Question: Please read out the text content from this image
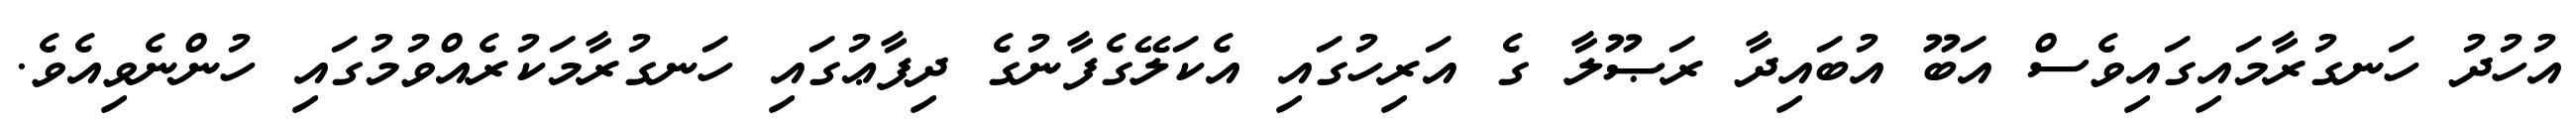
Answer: އުހުދު ހަނގުރާމައިގައިވެސް އަބޫ އުބައިދާ ރަޞޫލާ ގެ އަރިހުގައި އެކަލޭގެފާނުގެ ދިފާޢުގައި ހަނގުރާމަކުރެއްވުމުގައި ހުންނެވިއެވެ.